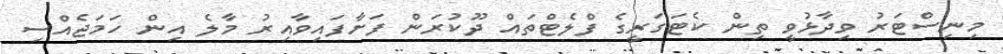
މިނިސްޓަރު ވިދާޅުވީ ތިން ކެޓަގަރީގެ ފްލެޓްތައް ދޫކުރަން ފަށާފައިވާއިރު މާލެ އިން ހަމަޖެއްސި